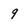
Character: 9